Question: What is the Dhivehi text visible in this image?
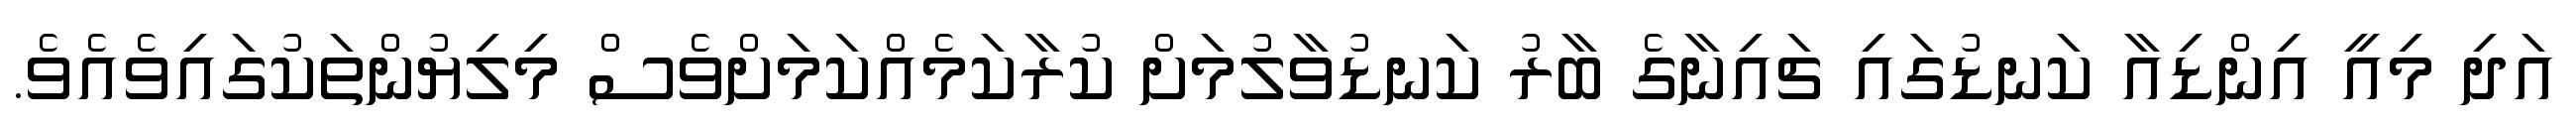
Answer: އަދި މިއީ އިންޑިއާ ކަނޑުގައި ޗައިނާގެ ބާރު ކަނޑުވާލުމަށް ކުރާކަމެއްކަމަށްވެސް މިލިޔުންތަކުގައިވެއެވެ.